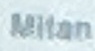
Mitan